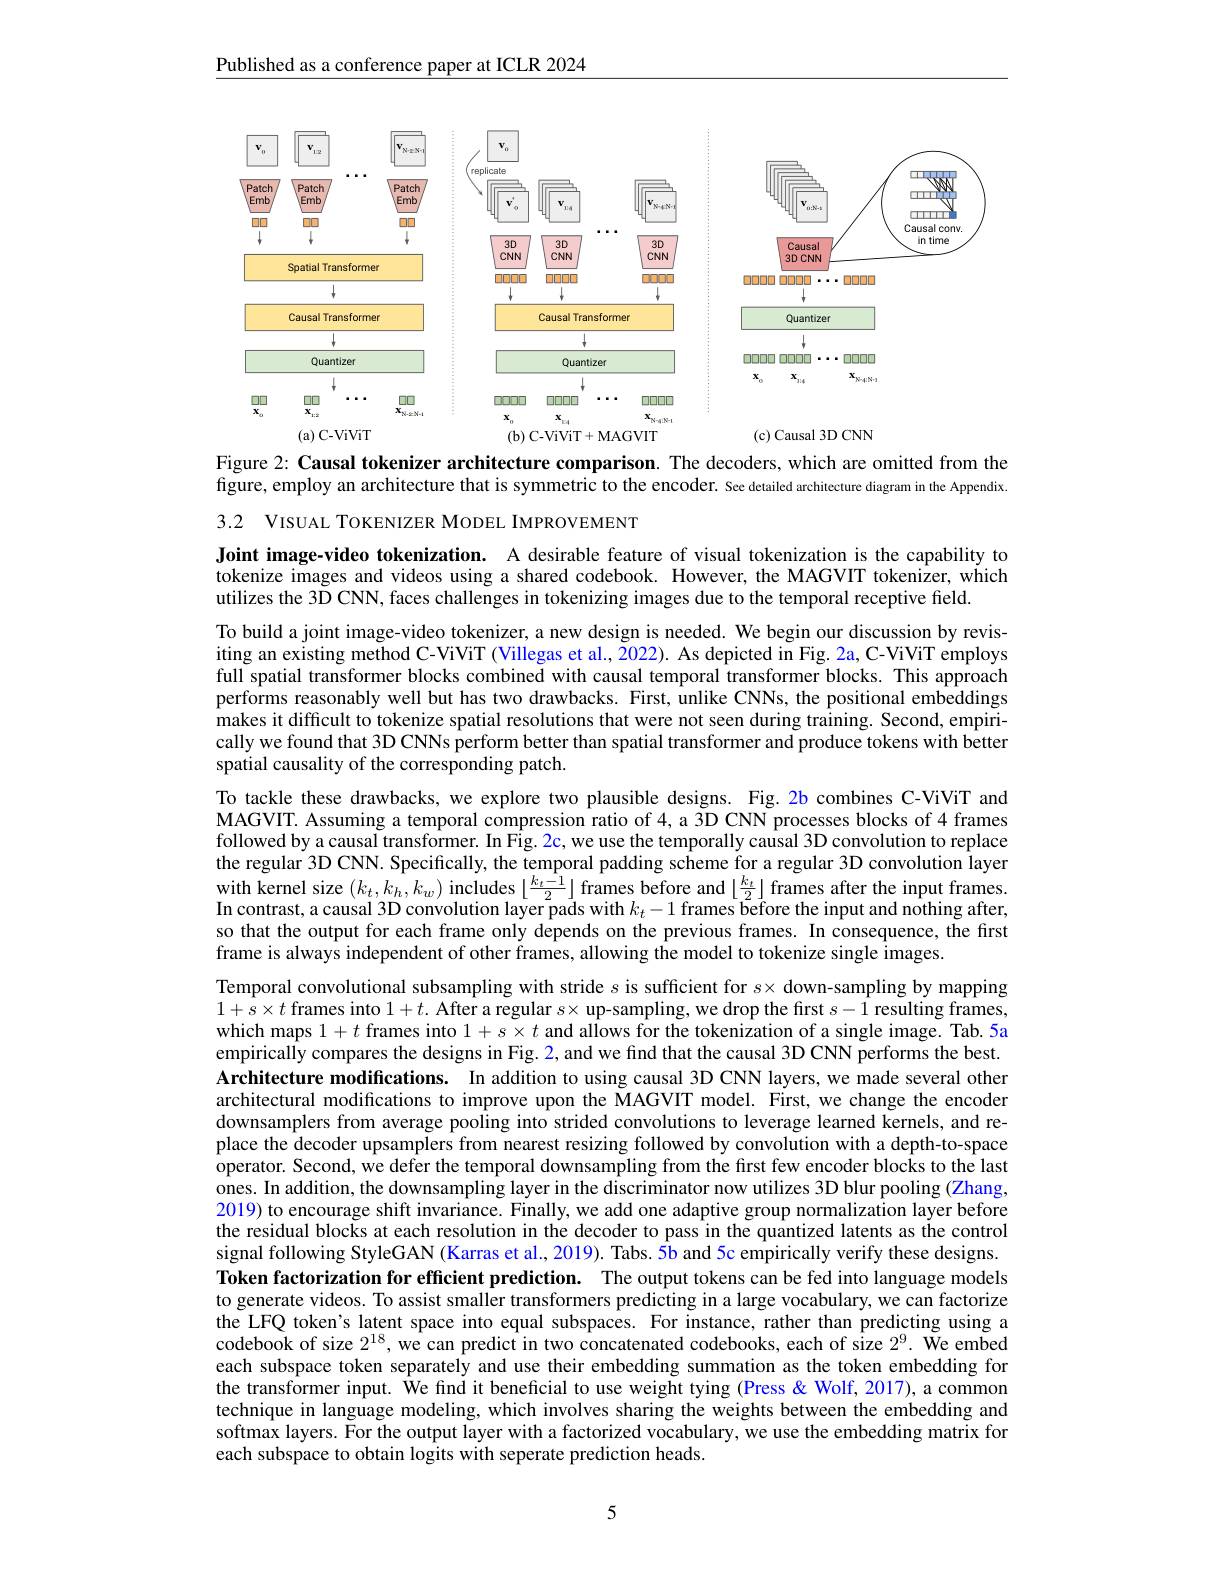
Published as a conference paper at ICLR 2024

<FigureHere>

Figure 2: Causal tokenizer architecture comparison. The decoders, which are omitted from the figure, employ an architecture that is symmetric to the encoder. See detailed architecture diagram in the Appendix

3.2 VISUAL TOKENIZER MODEL IMPROVEMENT

Joint image-video tokenization. A desirable feature of visual tokenization is the capability to tokenize images and videos using a shared codebook. However, the MAGVIT tokenizer, which utilizes the 3D CNN, faces challenges in tokenizing images due to the temporal receptive field.

To build a joint image-video tokenizer, a new design is needed. We begin our discussion by revisiting an existing method C-ViViT (Villegas et al., 2022). As depicted in Fig. 2a, C-ViViT employs full spatial transformer blocks combined with causal temporal transformer blocks. This approach performs reasonably well but has two drawbacks. First, unlike CNNs, the positional embeddings makes it difficult to tokenize spatial resolutions that were not seen during training. Second, empirically we found that 3D CNNs perform better than spatial transformer and produce tokens with better spatial causality of the corresponding patch.
To tackle these drawbacks, we explore two plausible designs. Fig. 2b combines C-ViViT and MAGVIT. Assuming a temporal compression ratio of 4, a 3D CNN processes blocks of 4 frames followed by a causal transformer. In Fig. 2c, we use the temporally causal 3D convolution to replace the regular 3D CNN. Specifically, the temporal padding scheme for a regular 3D convolution layer with kernel size $( k_{t}, k_{h}, k_{w})$ includes $\lfloor \frac {k_{t}- 1}2\rfloor$ frames before and $\lfloor \frac {k_{t}}2\rfloor$ frames after the input frames. with kernel size $( k_{t}, k_{h}, k_{w})$ includes $\lfloor \frac {k_{t}- 1}2\rfloor$ frames before and $\lfloor \frac {k_{t}}3\rfloor$ frames after th In contrast, a causal 3D convolution layer pads with $k_t-1$ frames béfore the input and nothing after, so that the output for each frame only depends on the previous frames. In consequence, the first frame is always independent of other frames, allowing the model to tokenize single images.
Temporal convolutional subsampling with stride $s$ is sufficient for $s\times$ down-sampling by mapping $1+s\times t$ frames into $1+t.$ After a regular $s\times$ up-sampling, we drop the first $s-1$ resulting frames, which maps $1+t$ frames into $1+s\times t$ and allows for the tokenization of a single image. Tab. 5a empirically compares the designs in Fig. $\color{red}2$, and we find that the causal 3D CNN performs the best. Architecture modifications. In addition to using causal 3D CNN layers, we made several other architectural modifications to improve upon the MAGVIT model. First, we change the encoder downsamplers from average pooling into strided convolutions to leverage learned kernels, and replace the decoder upsamplers from nearest resizing followed by convolution with a depth-to-space operator. Second, we defer the temporal downsampling from the first few encoder blocks to the last $\hat{\text{ones. In addition, the downsampling layer in the discriminator now utilizes 3D blur pooling (Zhang,})}$ 2019) to encourage shift invariance. Finally, we add one adaptive group normalization layer before the residual blocks at each resolution in the decoder to pass in the quantized latents as the control signal following StyleGAN (Karras et al., 2019). Tabs. 5b and 5c empirically verify these designs. Token factorization for efficient prediction. The output tokens can be fed into language models to generate videos. To assist smaller transformers predicting in a large vocabulary, we can factorize the LFQ token's latent space into equal subspaces. For instance, rather than predicting using a codebook of size $2^{18}$, we can predict in two concatenated codebooks, each of size $2^9.$ We embed each subspace token separately and use their embedding summation as the token embedding for the transformer input. We find it beneficial to use weight tying (Press& Wolf, 2017), a common technique in language modeling, which involves sharing the weights between the embedding and softmax layers. For the output layer with a factorized vocabulary, we use the embedding matrix for each subspace to obtain logits with seperate prediction heads.

5